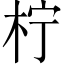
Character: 柠